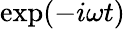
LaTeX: \exp(-i\omega t)